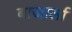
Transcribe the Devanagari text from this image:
बाजार्ला